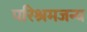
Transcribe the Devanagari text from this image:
परिश्रमजन्य